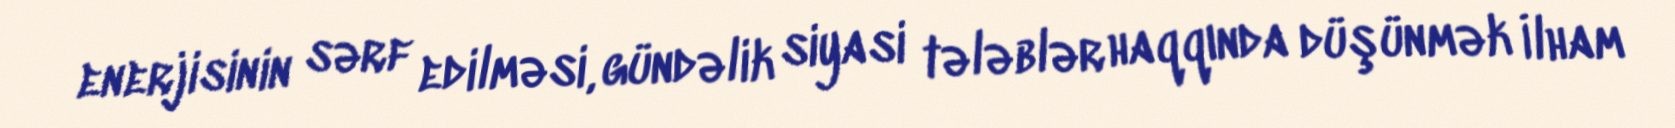
enerjisinin sərf edilməsi, gündəlik siyasi tələblər haqqında düşünmək İlham